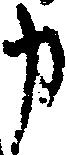
申